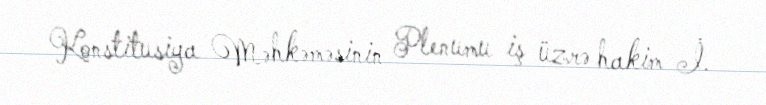
Konstitusiya Məhkəməsinin Plenumu iş üzrə hakim İ.